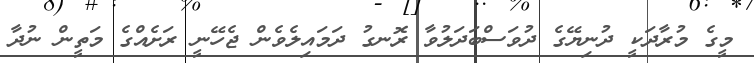
މީގެ މުރާދަކީ ދުނިޔޭގެ ދުވަސްބަދަލުވާ ރޮނގު ދަމައިލެވެން ޖެހޭނީ ރަށެއްގެ މަތީން ނުދާ